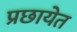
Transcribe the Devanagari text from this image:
प्रछायेत